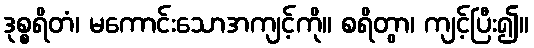
ဒုစ္စရိတံ၊ မကောင်းသောအကျင့်ကို။ စရိတွာ၊ ကျင့်ပြီး၍။